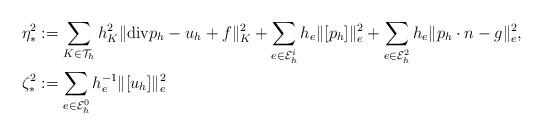
LaTeX: \begin{align*}\eta^2_* & := \sum_{K\in \mathcal{T}_h} h_K^2 \|{\rm div} p_h -u_h +f\|^2_K+ \sum_{e\in {\cal E}_h^i} h_e \|[p_h]\|^2_e + \sum_{e\in {\cal E}_h^2} h_e \|p_h\cdot n-g\|^2_e, \\\zeta^2_* &:= \sum_{e\in {\cal E}_h^0} h_e^{-1} \|[u_h]\|^2_e\end{align*}